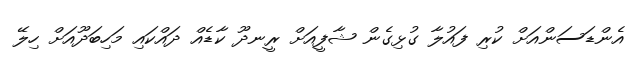
އެންޑަސަންއަށް ކުރި ފައުލާ ގުޅިގެން ޝާފީއަށް ރީނދޫ ކާޑެއް ދައްކައި މަހިބަދޫއަށް ހިލޭ